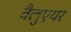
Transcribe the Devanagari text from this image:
वैलुएयर